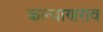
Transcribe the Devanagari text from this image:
कल्याणराव